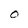
Character: O